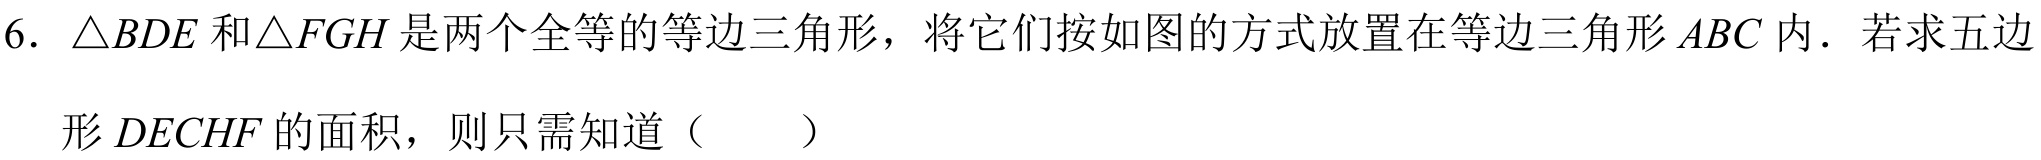
6. $\triangle BDE$和$\triangle FGH$是两个全等的等边三角形，将它们按如图的方式放置在等边三角形$ABC$内．若求五边形$DECHF$的面积，则只需知道（  ）